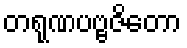
တရုဏပဗ္ဗဇိတော